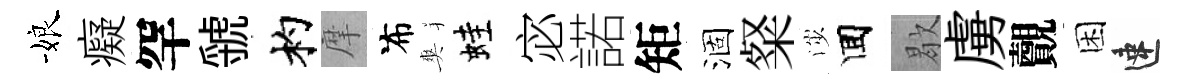
娘癡罕虢杓摩布爽蛙宓諾矩涸粲渉囬歇虜覿困速